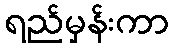
ရည်မှန်းကာ